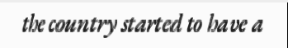
the country started to have a